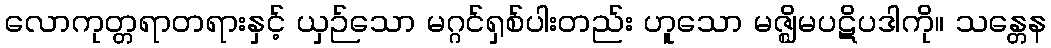
လောကုတ္တရာတရားနှင့် ယှဉ်သော မဂ္ဂင်ရှစ်ပါးတည်း ဟူသော မဇ္ဈိမပဋိပဒါကို။ သန္တေန